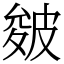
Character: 皴